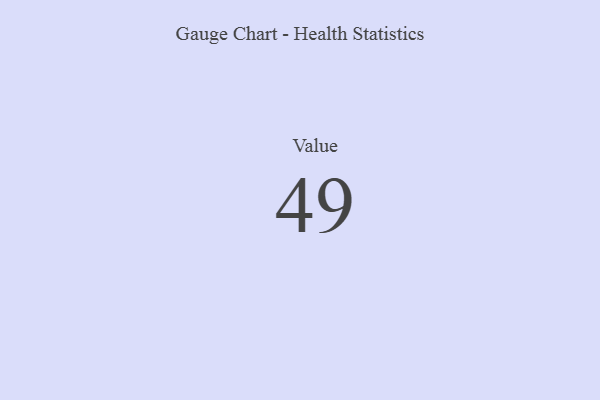
{"axis": {"x": "Metric", "y": "Value"}, "legend": [""], "data": [{"x": "Value", "y": 49, "type": ""}]}